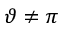
\vartheta \neq \pi